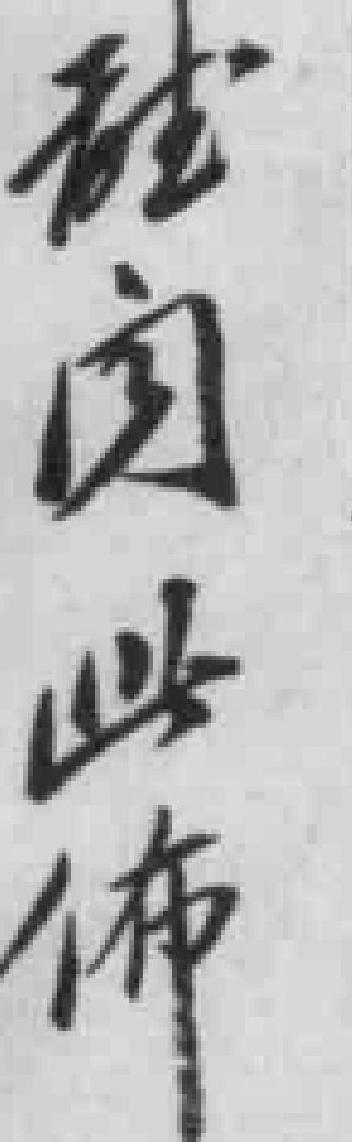
*此佈